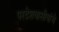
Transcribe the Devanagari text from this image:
परदेशवासीयांचे